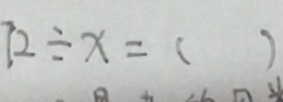
7 2 \div x = ( )